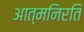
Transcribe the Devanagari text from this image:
आत्मनिरति